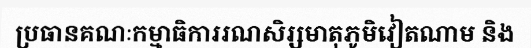
ប្រធានគណៈកម្មាធិការរណសិរ្សមាតុភូមិវៀតណាម និង